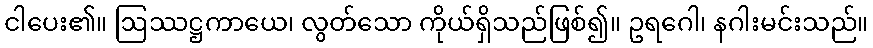
ငါပေး၏။ ဩဿဋ္ဌကာယေ၊ လွတ်သော ကိုယ်ရှိသည်ဖြစ်၍။ ဥရဂေါ၊ နဂါးမင်းသည်။